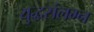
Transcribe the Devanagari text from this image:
युद्धसंलग्न